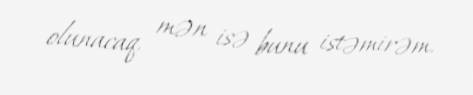
olunacaq, mən isə bunu istəmirəm.